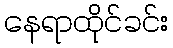
နေရာထိုင်ခင်း